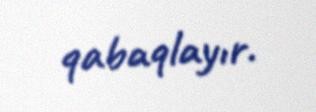
qabaqlayır.